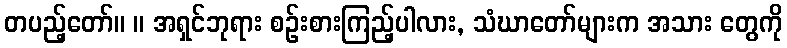
တပည့်တော်။ ။ အရှင်ဘုရား စဉ်းစားကြည့်ပါလား, သံဃာတော်များက အသား တွေကို